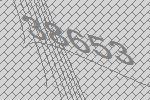
38653